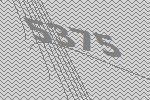
5375